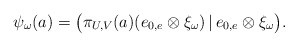
\begin{align*}\psi_\omega(a)=\big(\pi_{U,V}(a)(e_{0,e}\otimes \xi_\omega)\,|\,e_{0,e}\otimes \xi_\omega\big).\end{align*}